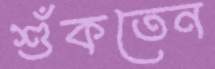
শুঁকতেন